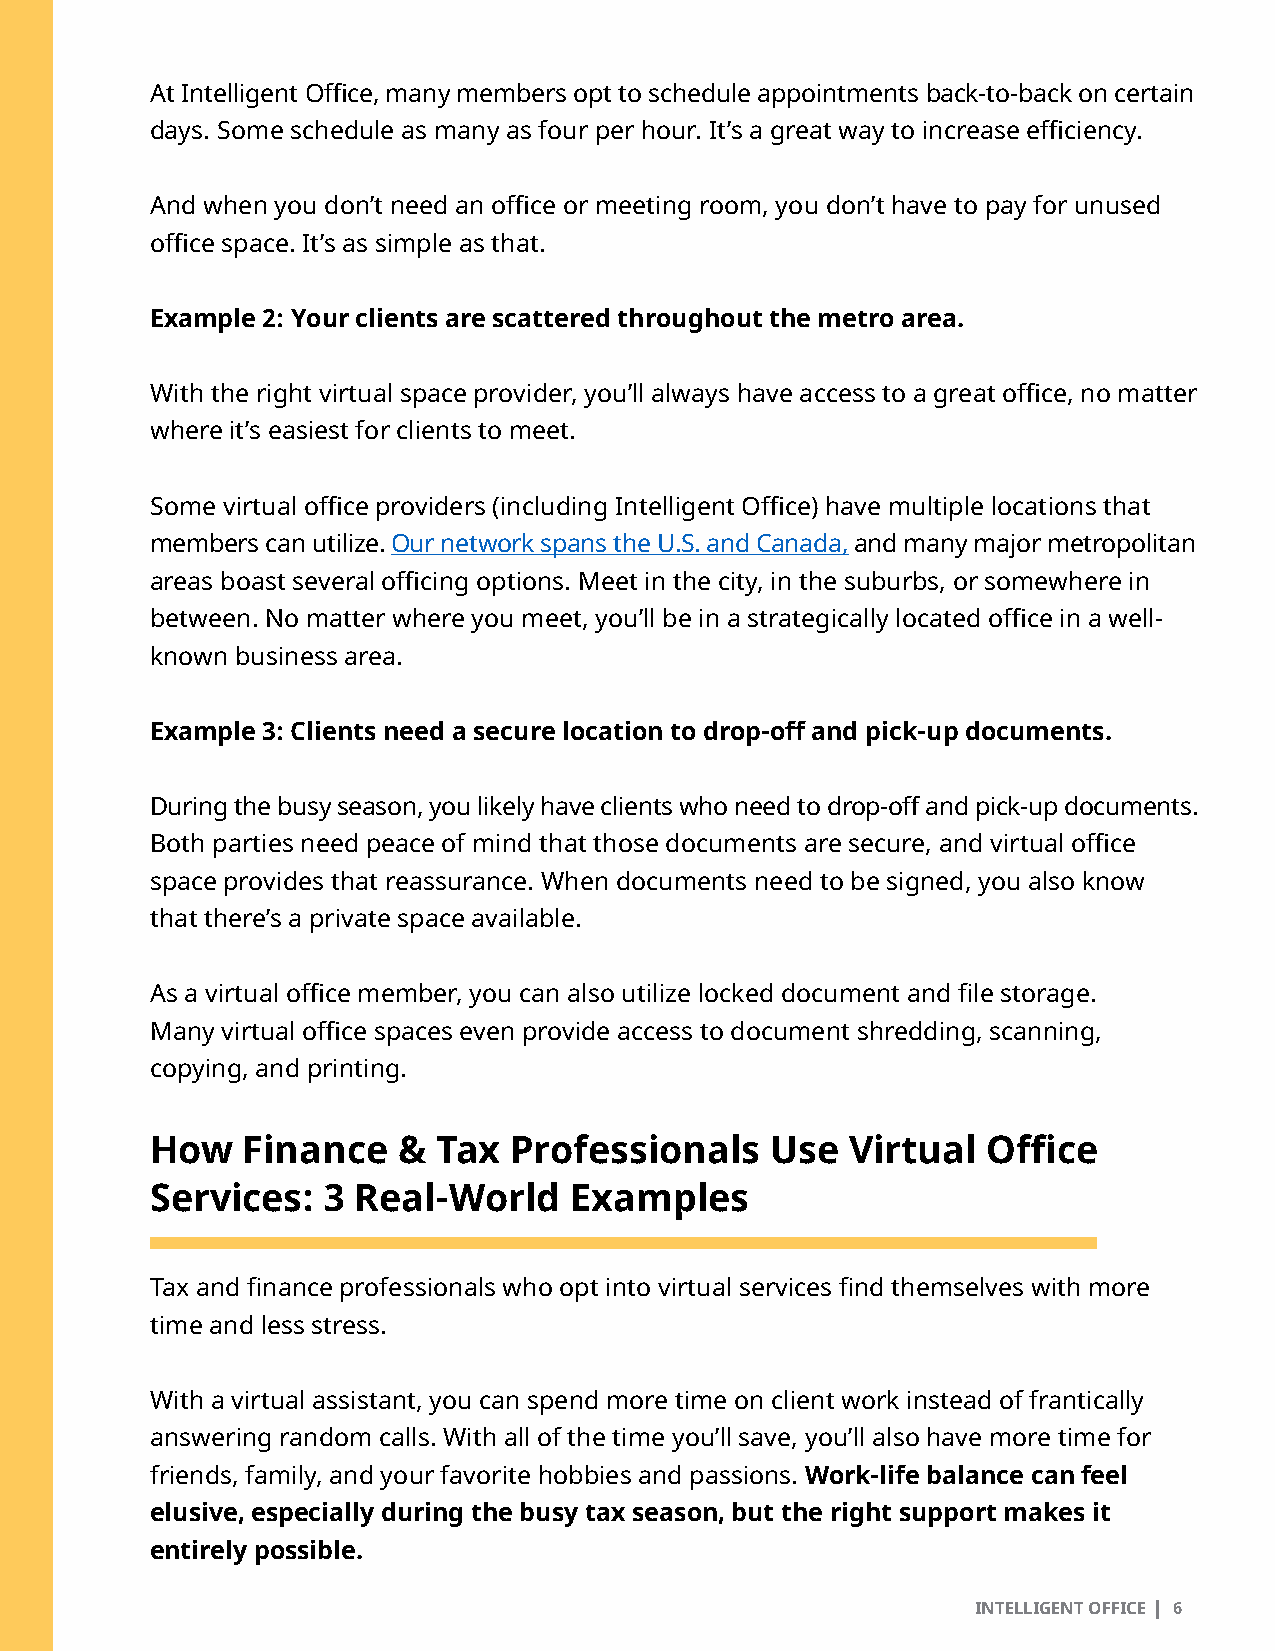
At Intelligent Office, many members opt to schedule appointments back-to-back on certain
 days. Some schedule as many as four per hour. It’s a great way to increase efficiency.
 And when you don’t need an office or meeting room, you don’t have to pay for unused
 office space. It’s as simple as that.
 Example 2: Your clients are scattered throughout the metro area.
 With the right virtual space provider, you’ll always have access to a great office, no matter
 where it’s easiest for clients to meet.
 Some virtual office providers (including Intelligent Office) have multiple locations that
 members can utilize. Our network spans the U.S. and Canada, and many major metropolitan
 areas boast several officing options. Meet in the city, in the suburbs, or somewhere in
 between. No matter where you meet, you’ll be in a strategically located office in a well-
 known business area.
 Example 3: Clients need a secure location to drop-off and pick-up documents.
 During the busy season, you likely have clients who need to drop-off and pick-up documents.
 Both parties need peace of mind that those documents are secure, and virtual office
 space provides that reassurance. When documents need to be signed, you also know
 that there’s a private space available.
 As a virtual office member, you can also utilize locked document and file storage.
 Many virtual office spaces even provide access to document shredding, scanning,
 copying, and printing.
 How   Finance   &  Tax  Professionals    Use  Virtual  Office
 Services:  3  Real-World    Examples
 Tax and finance professionals who opt into virtual services find themselves with more
 time and less stress.
 With a virtual assistant, you can spend more time on client work instead of frantically
 answering random calls. With all of the time you’ll save, you’ll also have more time for
 friends, family, and your favorite hobbies and passions. Work-life balance can feel
 elusive, especially during the busy tax season, but the right support makes it
 entirely possible.
 INTELLIGENT OFFICE I 6